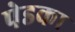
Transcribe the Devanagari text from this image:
पेडका